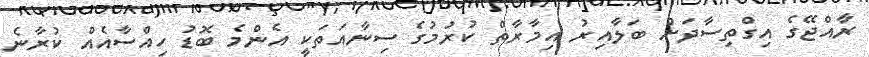
ރާއްޖޭގެ އިގްތިސާދަށް ބަލާއިރު އިމާރާތް ކުރުމުގެ ސިނާއަތަކީ އެންމެ ބޮޑު ހިއްސާއެއް ކުރާނެ